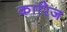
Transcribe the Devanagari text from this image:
कारिज